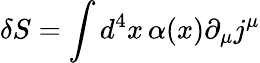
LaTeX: \delta S=\int d^{4}x\, \alpha(x)\partial_{\mu}j^{\mu}